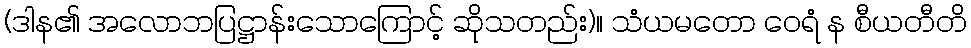
(ဒါန၏ အလောဘပြဋ္ဌာန်းသောကြောင့် ဆိုသတည်း)။ သံယမတော ဝေရံ န စီယတီတိ